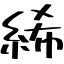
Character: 絺